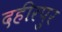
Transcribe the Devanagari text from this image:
दहीरपुर